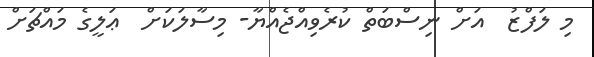
މި ލަފްޒު  އަށް ނިސްބަތް ކުރެވިއްޖެއްޔާ- މިސާލަކަށް  ޢަލީގެ މައްޗަށް